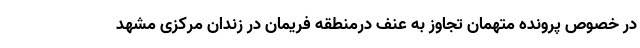
در خصوص پرونده متهمان تجاوز به عنف درمنطقه فریمان در زندان مرکزی مشهد